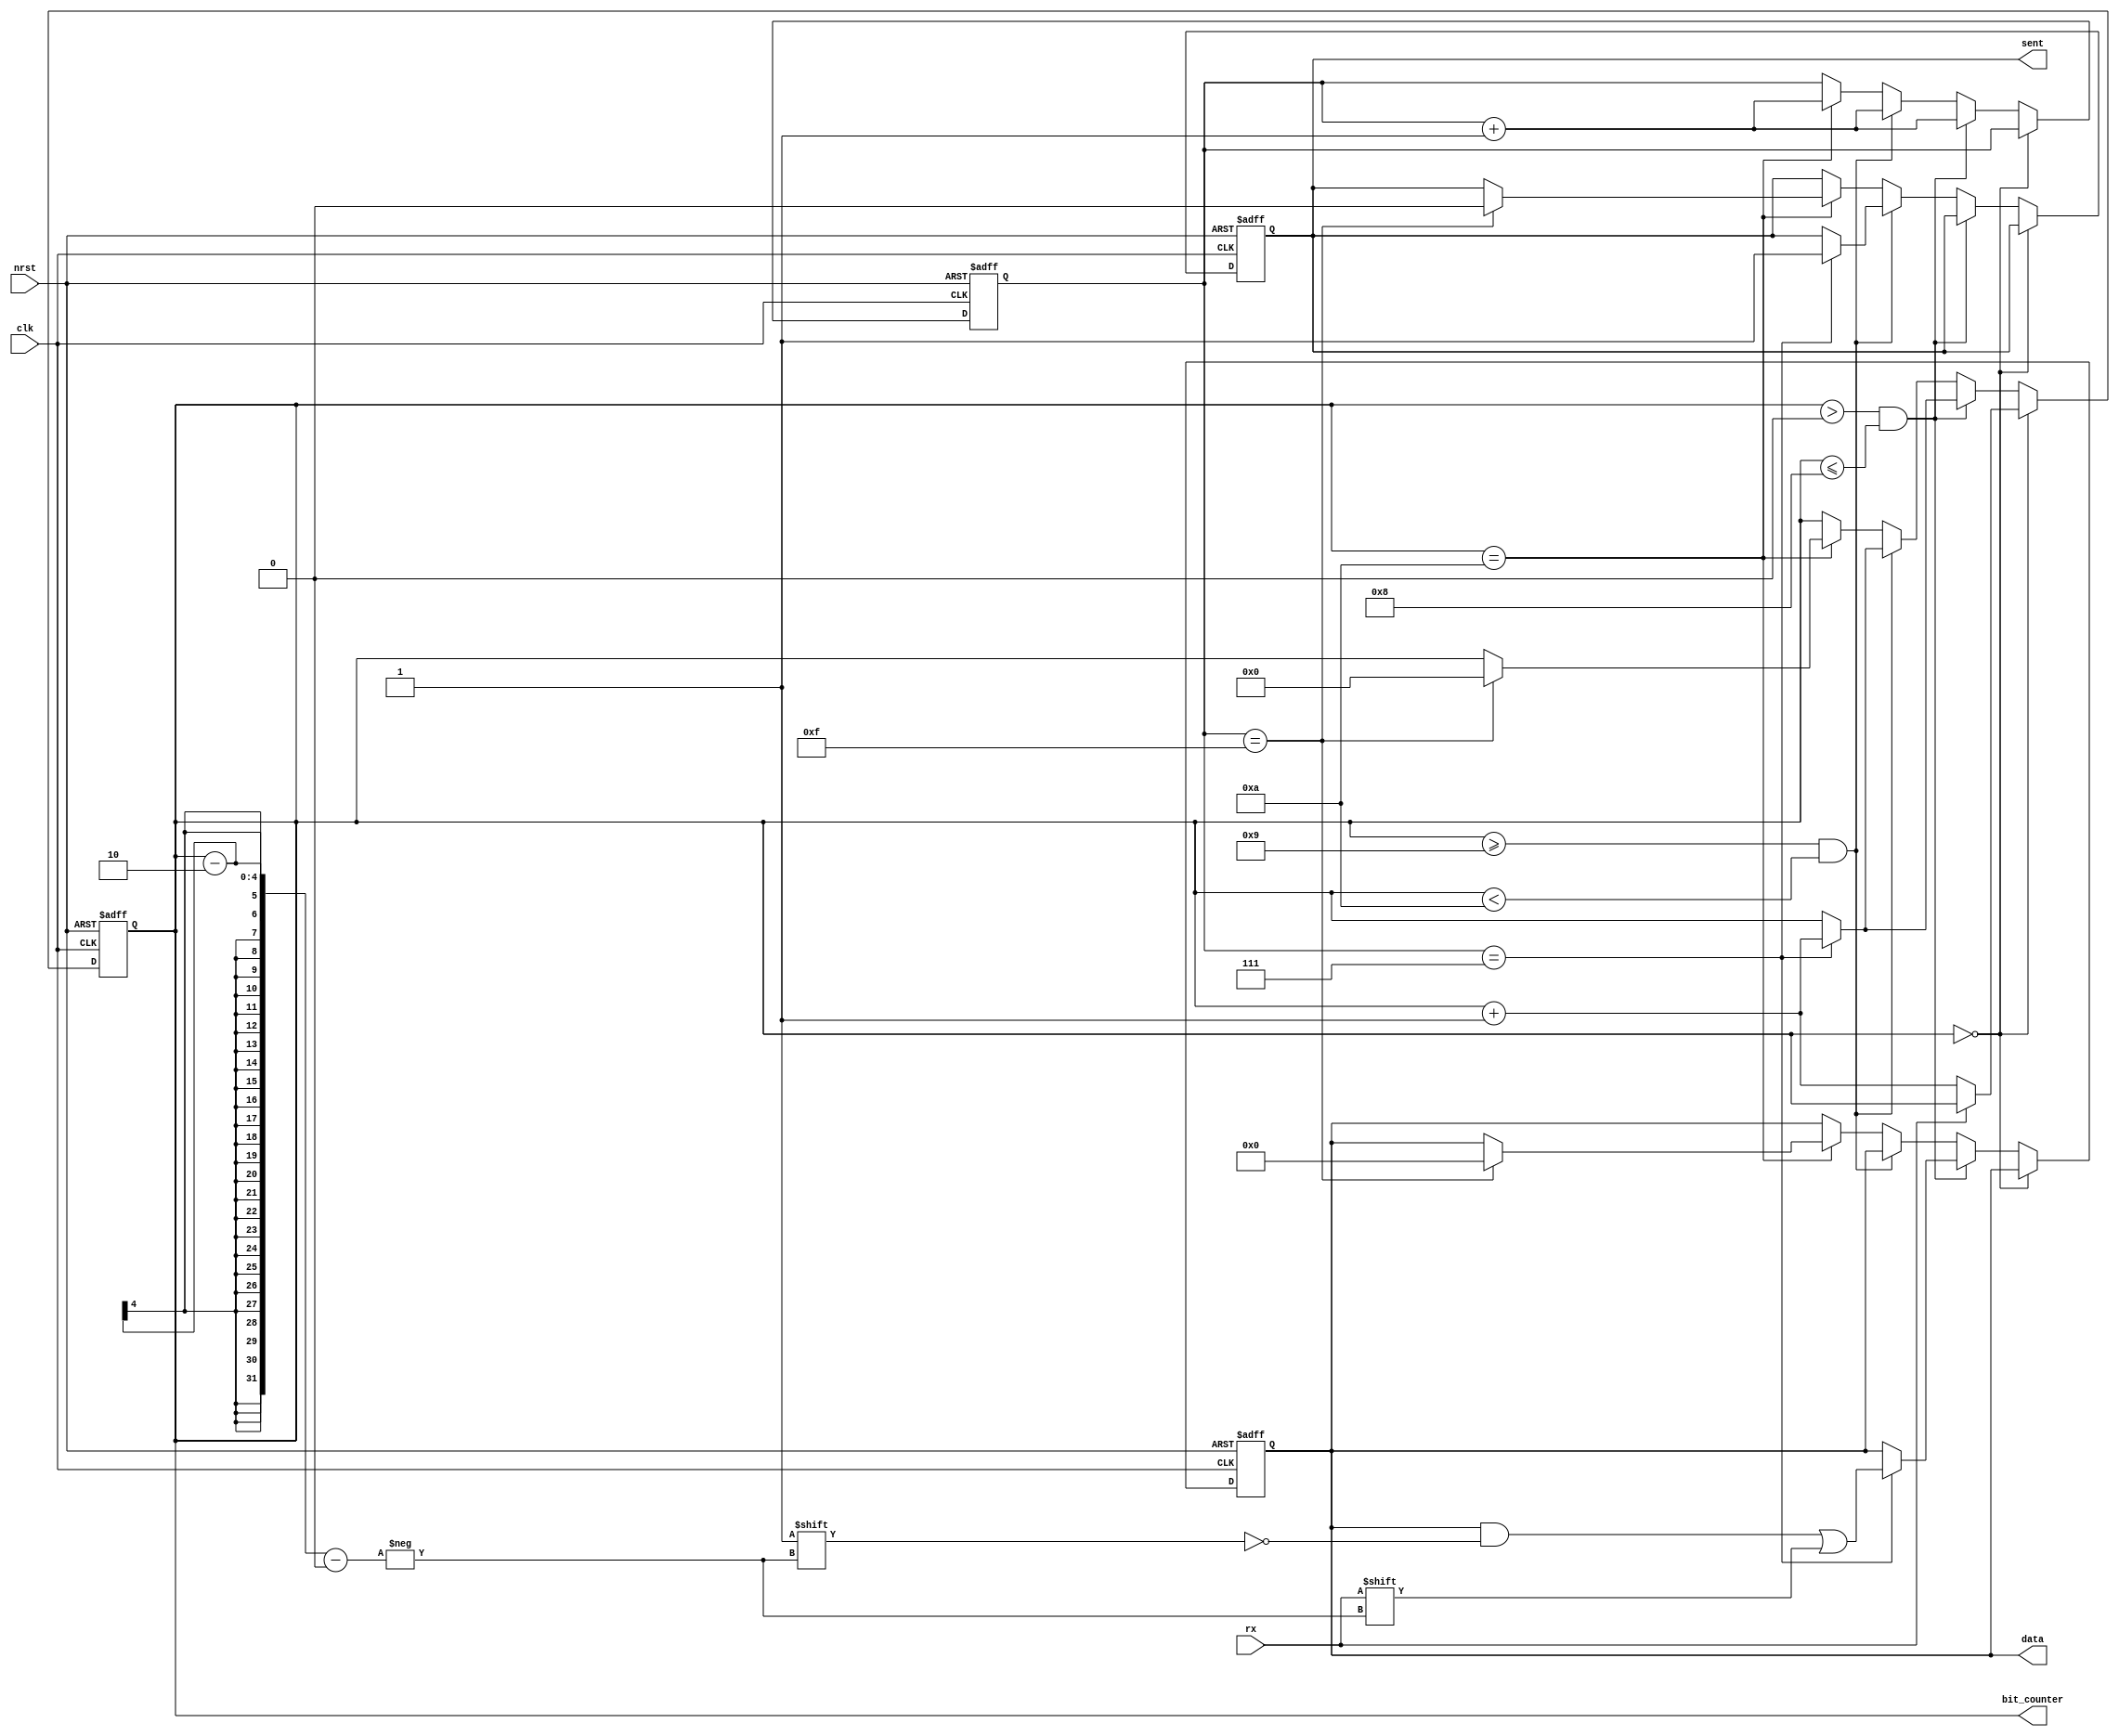
`timescale 1ns / 1ps
//////////////////////////////////////////////////////////////////////////////////
// Company: 
// Engineer: 
// 
// Design Name: 
// Module Name: Rx
// Project Name: 
// Target Devices: 
// Tool Versions: 
// Description: 
// 
// Dependencies: 
// 
// Revision:
// Revision 0.01 - File Created
// Additional Comments:
// 
//////////////////////////////////////////////////////////////////////////////////


//module Rx(
//    input rx,
//    input nrst,
//    input clk,
//    output reg [7:0]data,
//    output reg [3:0]bit_counter,
//    output reg sent
//    );
    
//    reg [3:0]clk_counter;
    
//    always @(posedge clk) begin
//        if (!nrst) begin
//            //tx =1;
//            clk_counter <=0;
//            bit_counter <= 0;
//            data <=0;
//            sent<=0;
//        end
        
//        else begin
//            if (bit_counter==0) begin
//                if (rx == 0) bit_counter <= bit_counter+1;
                
//                else begin
//                    if (bit_counter>0 && bit_counter<=8) begin
//                        clk_counter <= clk_counter+1;
//                        if (clk_counter+1 == 7) begin
//                            data[bit_counter-1] <= rx;
//                            bit_counter<= bit_counter+1;
//                        end
//                    end
//                    else if(bit_counter>=9 && bit_counter<10) begin
//                        clk_counter <= clk_counter+1;
//                        if (clk_counter+1 == 7) begin
//                            bit_counter<= bit_counter+1;
//                            sent <=1;
//                        end
//                    end
//                    else if(bit_counter ==10) begin
//                        clk_counter <= clk_counter+1;
//                        if (clk_counter+1 == 7) begin
//                            bit_counter <=0;
//                            data <=0;
//                            sent<=0;
//                        end
//                    end
//                end
//            end
//        end
//    end
//endmodule 

/////////////////////////////////////////////////////////////////////////////////


module Rx(
    input rx,
    input nrst,
    input clk,
    output reg [7:0]data,
    output reg [3:0]bit_counter,
    output reg sent
    );
    
    reg [3:0]clk_counter;
    
    always @(posedge clk or negedge nrst) begin
        if (!nrst) begin
            //tx =1;
            bit_counter <= 0;
            data <=0;
            sent<=0;
            clk_counter <=0;
        end
        
        else begin
            if (bit_counter==0) begin
                if (rx==0) bit_counter<= bit_counter+1;
            end
//            else if (bit_counter == 0) begin
//                if (rx==0) bit_counter <=1;
//            end
            else begin
                if(bit_counter>0 && bit_counter<=8) begin
                        clk_counter <= clk_counter+1;
                        if (clk_counter ==7) begin
                            bit_counter <= bit_counter+1;
                            data[bit_counter-2] <= rx;
//                            bit_counter<= bit_counter+1;
                        end
                end
                
                else if (bit_counter>=9 && bit_counter<10) begin
                    clk_counter <= clk_counter+1;
                    if (clk_counter ==7) begin
                        bit_counter <= bit_counter+1;
                        sent<=1;
                    end
                end
                else if(bit_counter ==10) begin
                    clk_counter <= clk_counter+1;
                    if (clk_counter ==15) begin
                        bit_counter <=0;
                        data <=0;
                        sent<=0;
                    end
                end
            end
            /* check parity
            if(bit_counter == 9) begin
            end
            */
        end
    end
endmodule